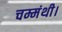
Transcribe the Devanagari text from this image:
चम्मंथी।